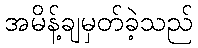
အမိန့်ချမှတ်ခဲ့သည်